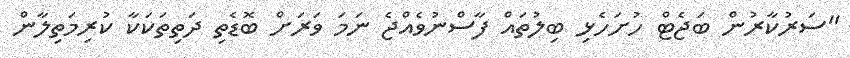
"ސަރުކާރުން ބަޖެޓް ހުށަހެޅި ބިލުތައް ފާސްނުވެއްޖެ ނަމަ ވަރަށް ބޮޑެތި ދަތިތަކަކާ ކުރިމަތިލާން